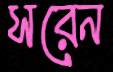
সরেন